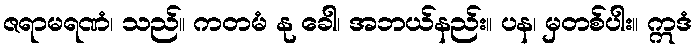
ဇရာမရဏံ၊ သည်။ ကတမံ နု ခေါ၊ အဘယ်နည်း။ ပန၊ မှတစ်ပါး။ ဣဒံ